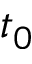
t _ { 0 }